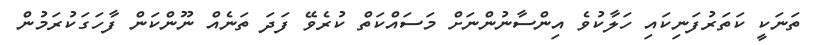
ތަނަކީ ކަތަރުފަނިކައި ހަލާކުވެ އިންސާނުންނަށް މަސައްކަތް ކުރެވޭ ފަދަ ތަނެއް ނޫންކަން ފާހަގަކުރަމުން